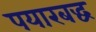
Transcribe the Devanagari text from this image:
पयारबद्ध